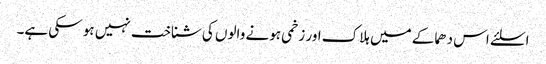
اسلئے اس دھماکے میں ہلاک اور زخمی ہونے والوں کی شناخت نہیں ہو سکی ہے۔